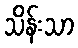
သိန်းသာ